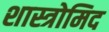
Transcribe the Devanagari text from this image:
शास्त्रोमिद